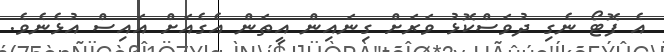
އެ ފޮޓޯ ނެގި ދުވަސްކޮޅު ވަރަށް ގިނައިން އީތަން އެގެއަށް އައިސް އުޅެނެވެ.